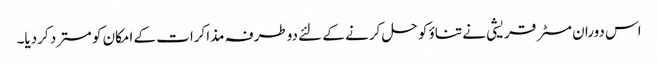
اس دوران مسٹر قریشی نے تناؤ کو حل کرنے کے لئے دوطرفہ مذاکرات کے امکان کو مسترد کردیا۔